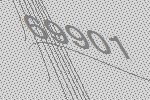
69901